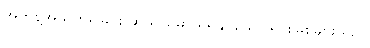
အကန့်အသတ်ရှိခြင်း ဆိုသည်မှာ ရရှိနိုင်သော ရင်းမြစ်များသည်